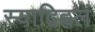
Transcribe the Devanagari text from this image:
स्याद्विह्वलं